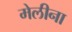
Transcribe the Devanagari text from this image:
मेलीना